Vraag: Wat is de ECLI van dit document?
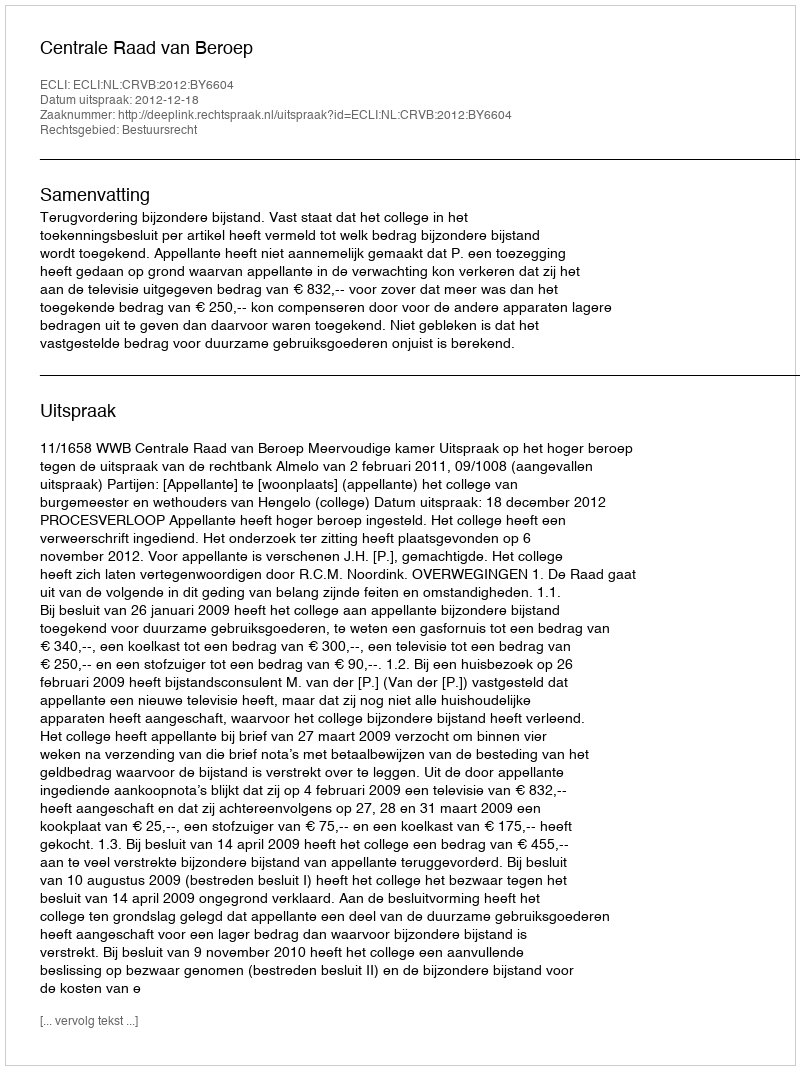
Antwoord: ECLI:NL:CRVB:2012:BY6604